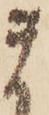
ま